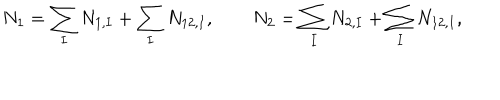
LaTeX: N _ { 1 } = \sum _ { I } N _ { 1 , I } + \sum _ { I } N _ { 1 2 , I } , \qquad N _ { 2 } = \sum _ { I } N _ { 2 , I } + \sum _ { I } N _ { 1 2 , I } ,